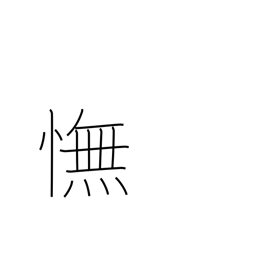
Meaning: disappointment